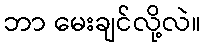
ဘာ မေးချင်လို့လဲ။